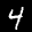
Label: 4